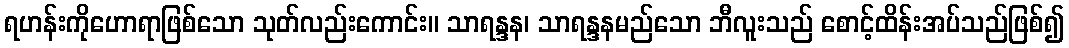
ရဟန်းကိုဟောရာဖြစ်သော သုတ်လည်းကောင်း။ သာရန္ဒန၊ သာရန္ဒနမည်သော ဘီလူးသည် စောင့်ထိန်းအပ်သည်ဖြစ်၍